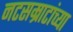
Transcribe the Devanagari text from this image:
नटसम्राटांच्या